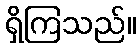
ရှိကြသည်။